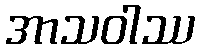
အာသဝါဿ